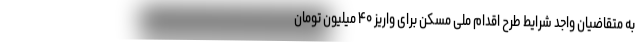
به متقاضیان واجد شرایط طرح اقدام ملی مسکن برای واریز ۴۰ میلیون تومان